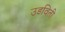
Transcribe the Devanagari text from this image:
उडविती